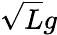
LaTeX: \sqrt{L}g